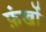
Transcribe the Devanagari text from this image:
फ़ंखों